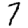
Digit: 7